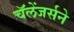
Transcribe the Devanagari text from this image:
चॅलेंजर्सने